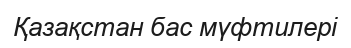
Қазақстан бас мүфтилері